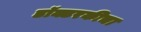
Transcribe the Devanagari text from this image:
डॉक्टरकीचा